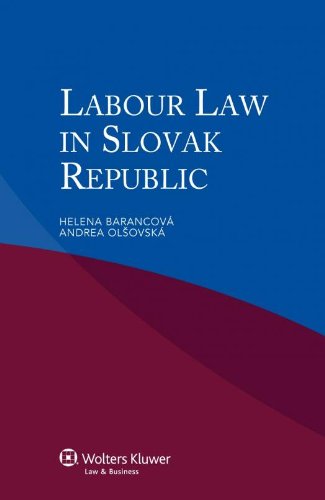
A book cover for Labour Law in the Slovak Republic; Helena BarancovÃEÂ¡; Law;